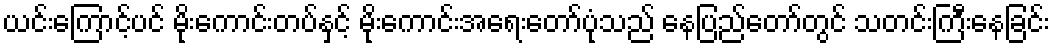
ယင်းကြောင့်ပင် မိုးကောင်းတပ်နှင့် မိုးကောင်းအရေးတော်ပုံသည် နေပြည်တော်တွင် သတင်းကြီးနေခြင်း